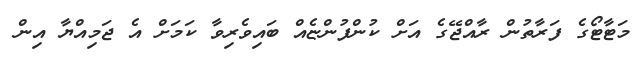
މަޓާޓޯގެ ފަރާތުން ރާއްޖޭގެ އަށް ކުންފުންޏެއް ބައިވެރިވާ ކަމަށް އެ ޖަމިއްޔާ އިން